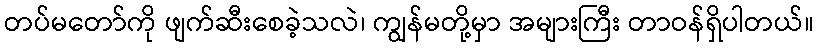
တပ်မတော်ကို ဖျက်ဆီးစေခဲ့သလဲ၊ ကျွန်မတို့မှာ အများကြီး တာဝန်ရှိပါတယ်။